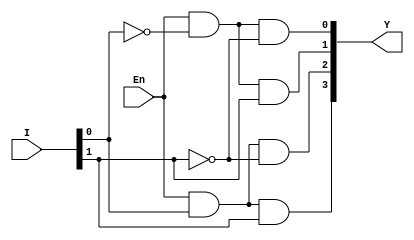
/**********************************
    2x4 DECODER - Data flow
**********************************/

module decode_2_4_df(Y,I,En);
input [1:0]I;
input En;
output [3:0]Y;

assign Y = {En&I[0]&I[1],
            En&I[0]&~I[1],
            En&~I[0]&I[1],
            En&~I[0]&~I[1]};
    
endmodule